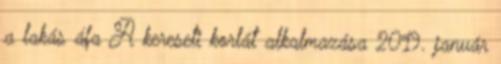
a lakás áfa A kereseti korlát alkalmazása 2019. január